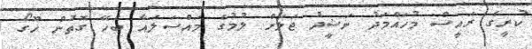
ކުރީގެ ރައީސް މުހައްމަދު ނަޝީދު ޖަލަށް ލުމުގެ މައްސަލައާ ބެހޭ ގޮތުން ހޫގޯ